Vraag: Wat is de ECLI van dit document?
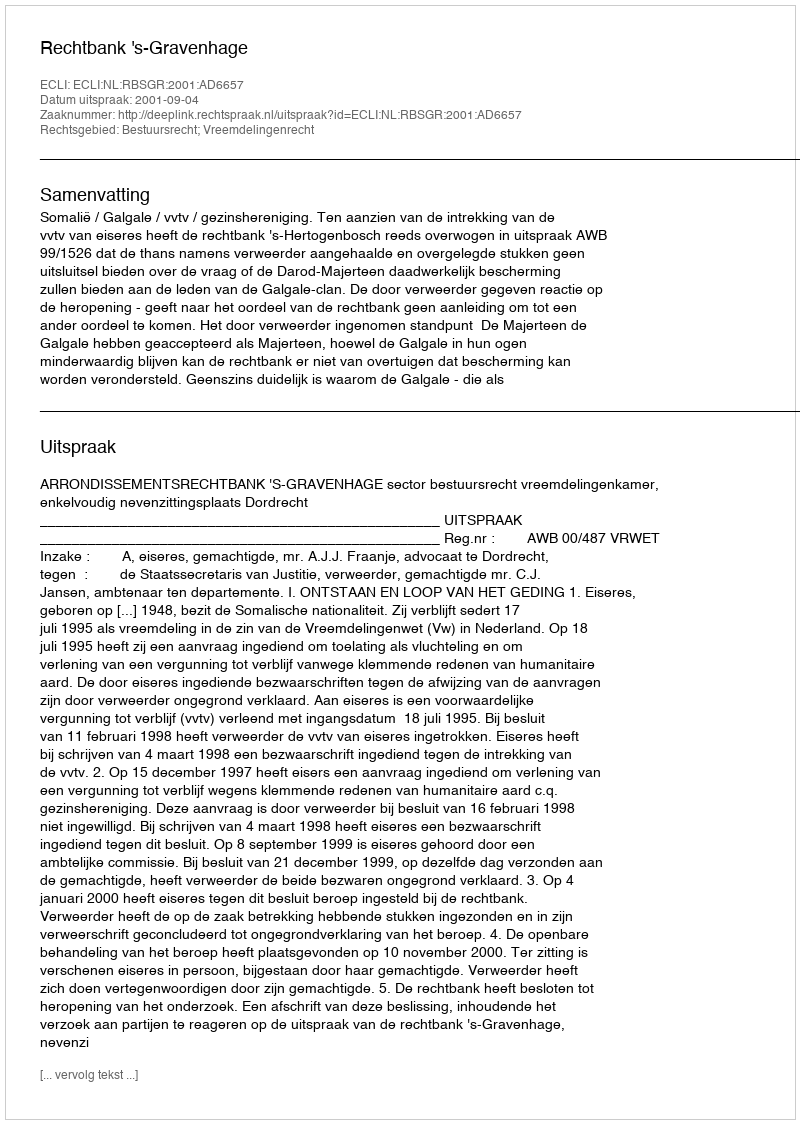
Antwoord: ECLI:NL:RBSGR:2001:AD6657